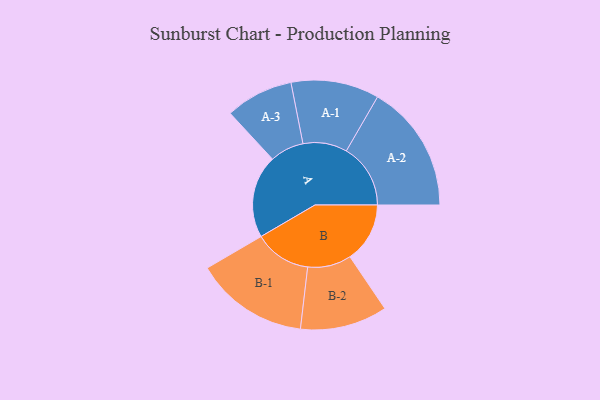
{"axis": {"x": "Segment", "y": "Value"}, "legend": ["", "A", "B"], "data": [{"x": "A", "y": 367, "type": ""}, {"x": "B", "y": 265, "type": ""}, {"x": "A-1", "y": 195, "type": "A"}, {"x": "A-2", "y": 284, "type": "A"}, {"x": "A-3", "y": 150, "type": "A"}, {"x": "B-1", "y": 251, "type": "B"}, {"x": "B-2", "y": 193, "type": "B"}]}